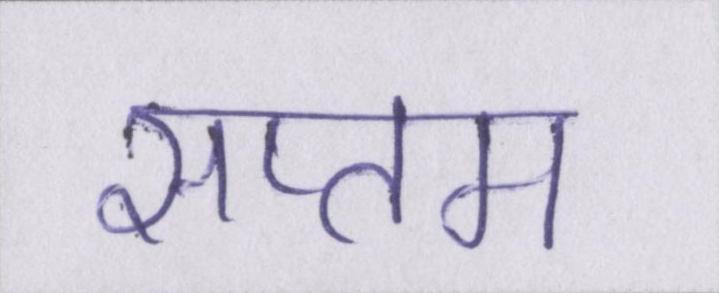
सप्तम